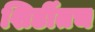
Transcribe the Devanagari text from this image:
शिर्डीतच